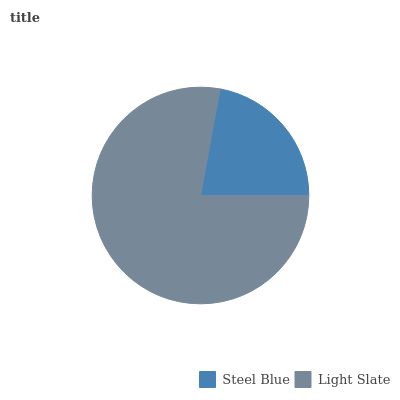
| Steel Blue | Light Slate |
 | --- | --- |
 | 22.1% | 77.9% |